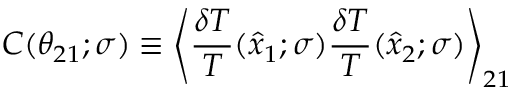
C ( \theta _ { 2 1 } ; \sigma ) \equiv \left\langle { \frac { \delta T } { T } } ( \hat { x } _ { 1 } ; \sigma ) { \frac { \delta T } { T } } ( \hat { x } _ { 2 } ; \sigma ) \right\rangle _ { 2 1 }